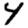
Digit: 4